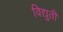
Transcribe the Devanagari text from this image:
विद्युती